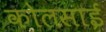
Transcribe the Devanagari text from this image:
कोलसाई